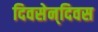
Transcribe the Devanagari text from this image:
दिवसेन्‌दिवस